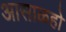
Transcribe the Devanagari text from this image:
आसाळहो